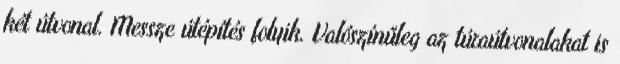
két útvonal. Messze útépítés folyik. Valószínűleg az túraútvonalakat is